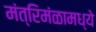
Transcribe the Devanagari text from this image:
मंत्रिमंळामध्ये